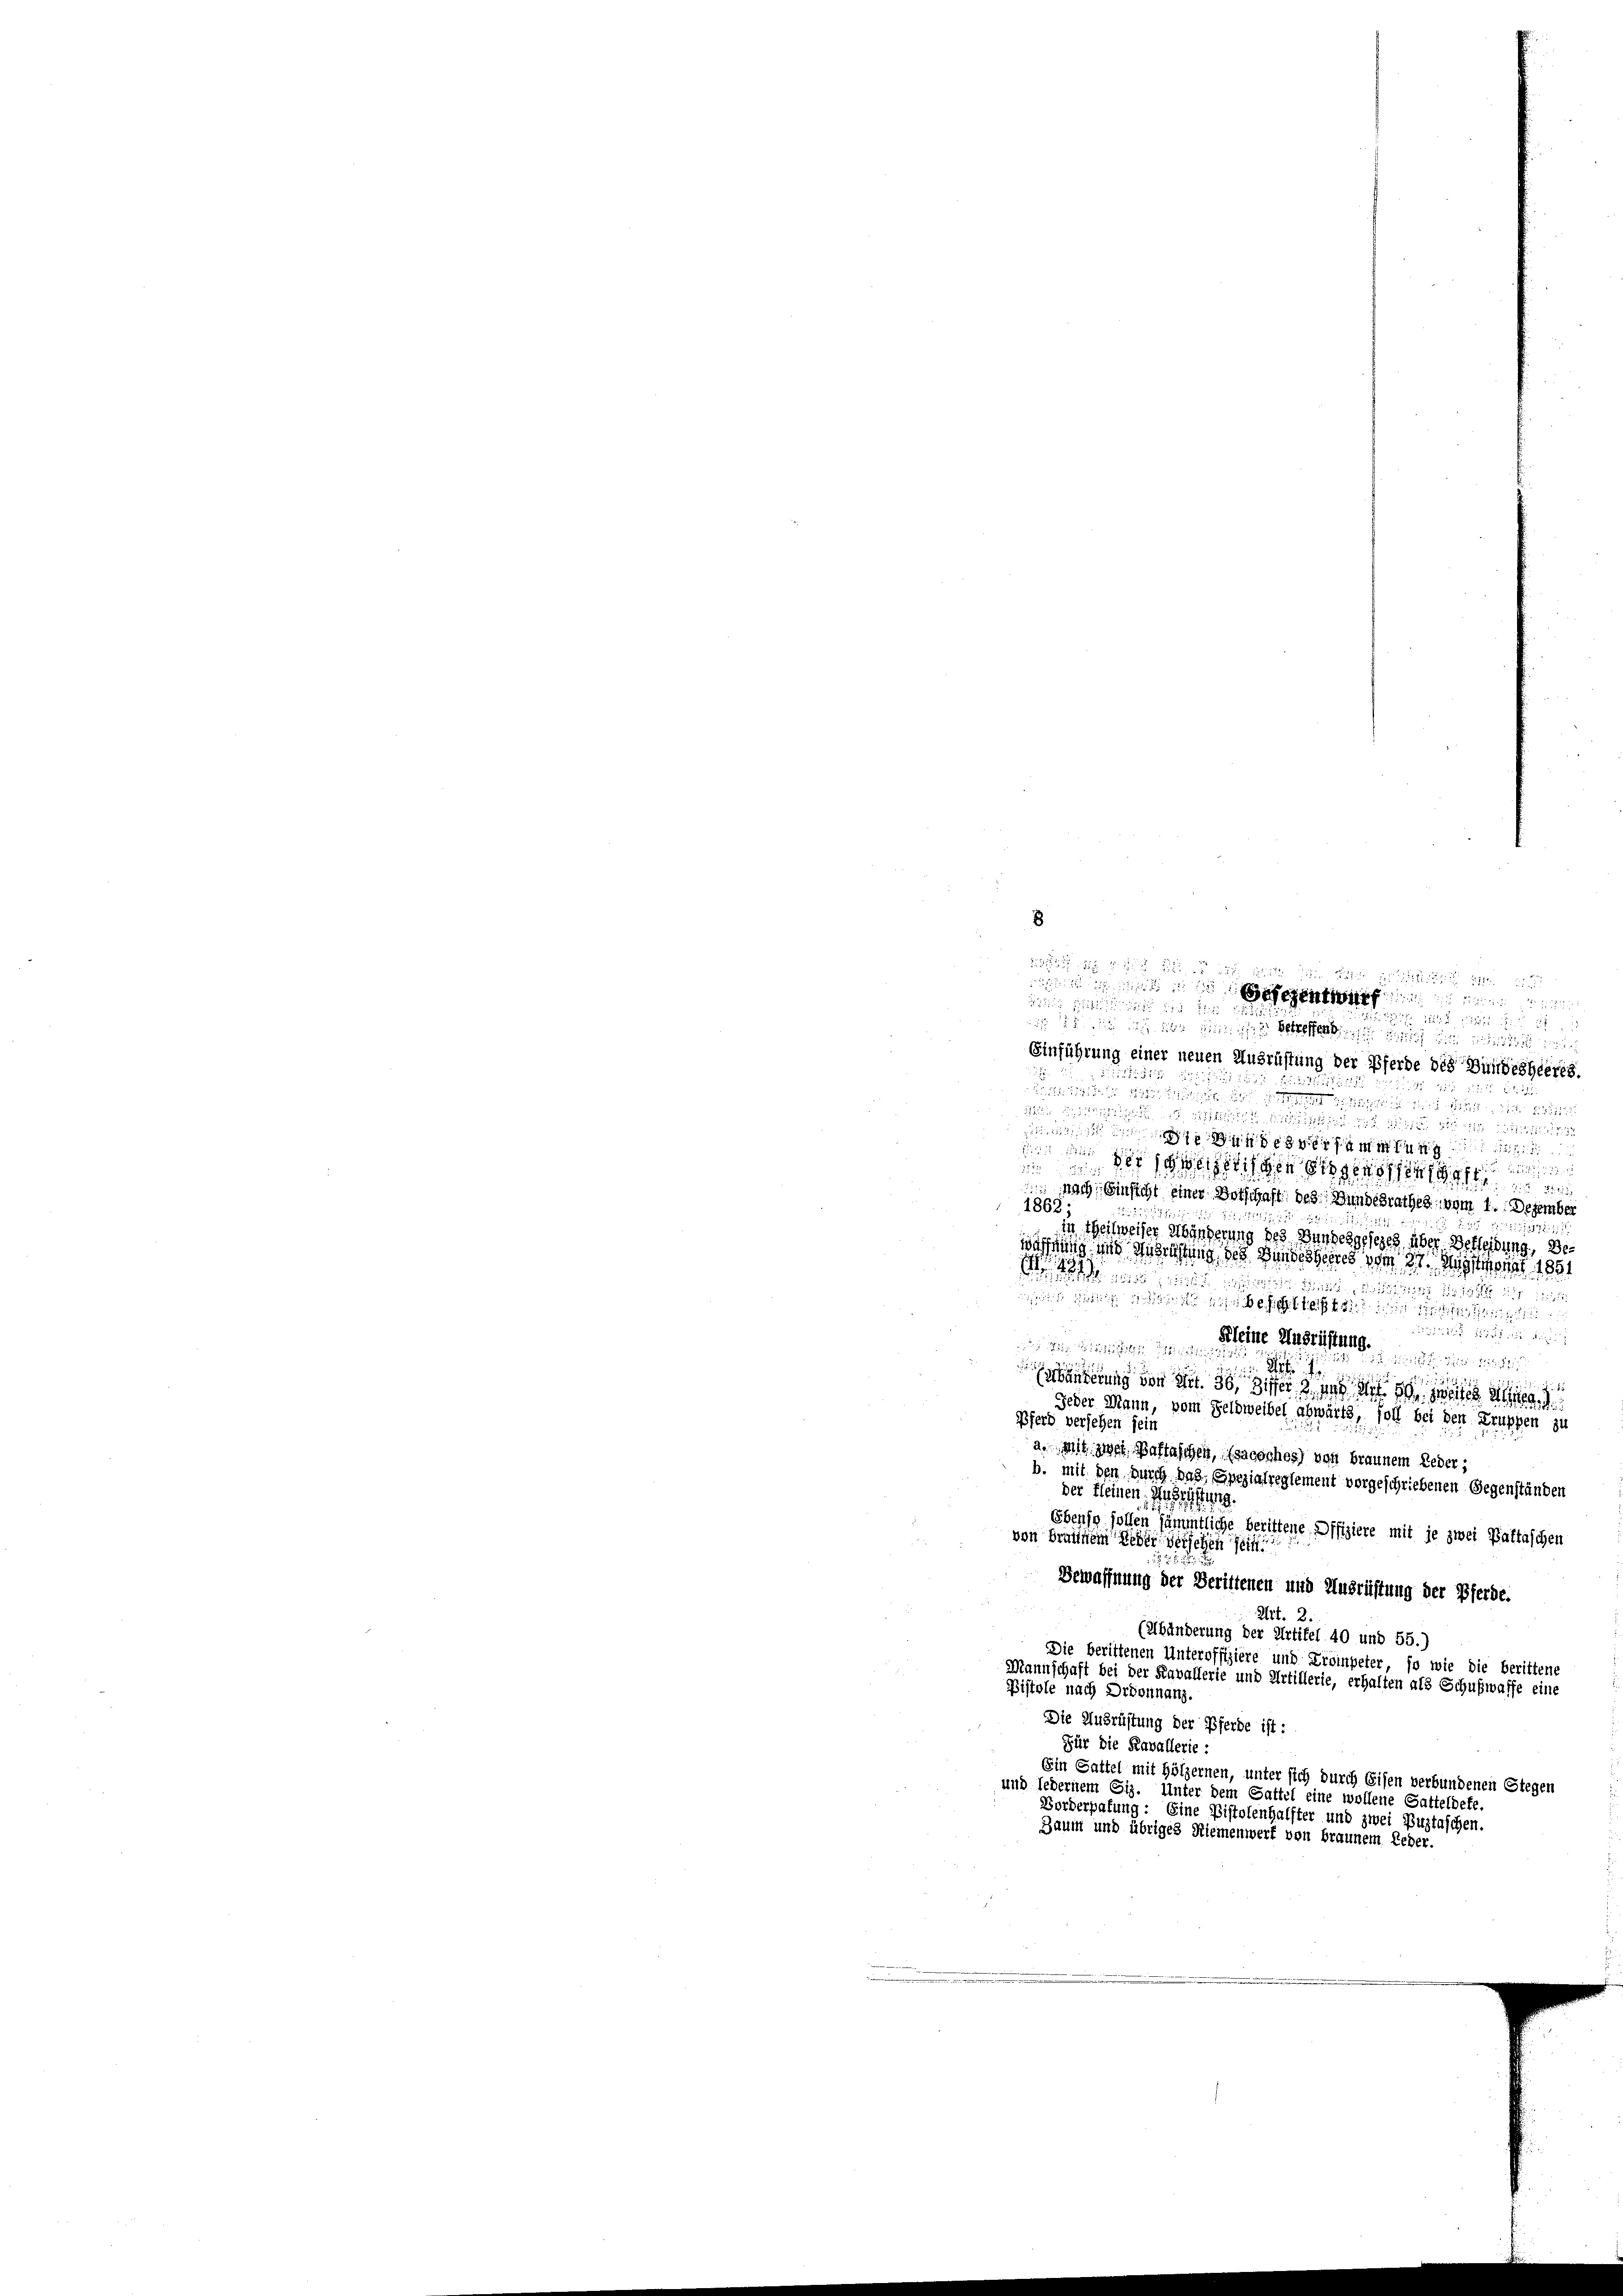
8

n ist

 22. d. 22. 223 Stibi i

Einführung einer neuen Auss
de des Bundesheeres.
dt die 1849 xxx
5511
 25

21524
eersammlung
Pse
Zutritt

 eigen genossen
 nach Einsicht einer Botschaft; des Bundesrathes vom 1. Dezember
1862;
in Theilweiser Abänderung
über Betheilung, De
wächung und Ausrüstung, des Bundesge
37 staat 1851
 S. 215
i
 hat es in bei
1
 55 der Rezius
Kleine Ausrich

1 189
i
Erbanderung von Art. 30, Ziffer 2 und die weiten
Jeder Mann, vom Feldweibel abwärts, soll bei den Truppen zu
Pferd versehen sein
a. Mit zwei Baltaschen, (sacoches) von braunem Leder;
b. mit den durch das, Spezialreglement vorgeschriebenen Gegenständen
der kleinen Ansehung.
Ebenso sollen sämmtliche berittene Offiziere mit je zwei Battaschen
von Braunern der dersehen sein
Bewaffnung der Berittenen und Ausrüstung der Pferde.
Art.
(Abänderung der Artikel 40 und 55.)
Die berittenen Unteroffiziere und Krompeter, so wie die berittene
Mannschaft bei der Kavallerie und Artillerie, erhalten als Schußwaffe eine
Pistole nach Ordonnanz.
Die Ausrüstung der Pferde ist:
Für die Kavallerie:
Ein Sattel mit Hölzernen, unter sich durch Eisen verbundenen Stegen
und ledernem Giz. Unter dem Gattel eine wollene Gatteldete.
Forderhafung: Eine Pistolenhalfter und zwei Buztaschen.
Zaum und übriges Riemenwerf von Braunem Leder.